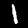
Label: 1